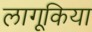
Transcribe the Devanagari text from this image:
लागूकिया